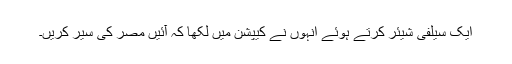
ایک سیلفی شیئر کرتے ہوئے انہوں نے کیپشن میں لکھا کہ آئیں مصر کی سیر کریں۔